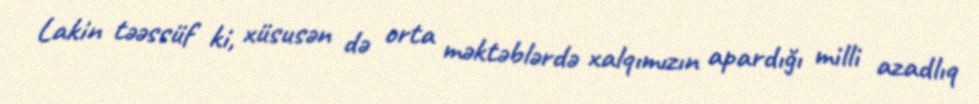
Lakin təəssüf ki, xüsusən də orta məktəblərdə xalqımızın apardığı milli azadlıq